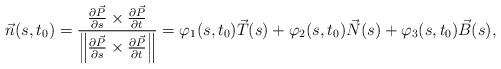
LaTeX: \begin{align*} \vec{n}(s,t_0)=\frac{\frac{\partial \vec{P}}{\partial s} \times \frac{\partial \vec{P}}{\partial t} }{\left\| \frac{\partial \vec{P}}{\partial s} \times \frac{\partial \vec{P}}{\partial t} \right\|} =\varphi _{1} (s,t_{0} )\vec{T}(s)+\varphi _{2} (s,t_{0} )\vec{N}(s)+\varphi _{3} (s,t_{0} )\vec{B}(s),\end{align*}